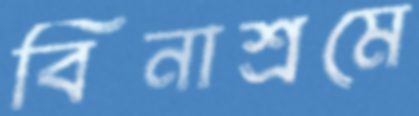
বিনাশ্রমে